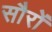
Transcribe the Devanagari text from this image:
सौरों